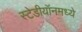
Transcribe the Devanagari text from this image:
स्टेडीयॉनमध्ये